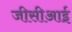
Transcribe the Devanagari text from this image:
जीसीआई